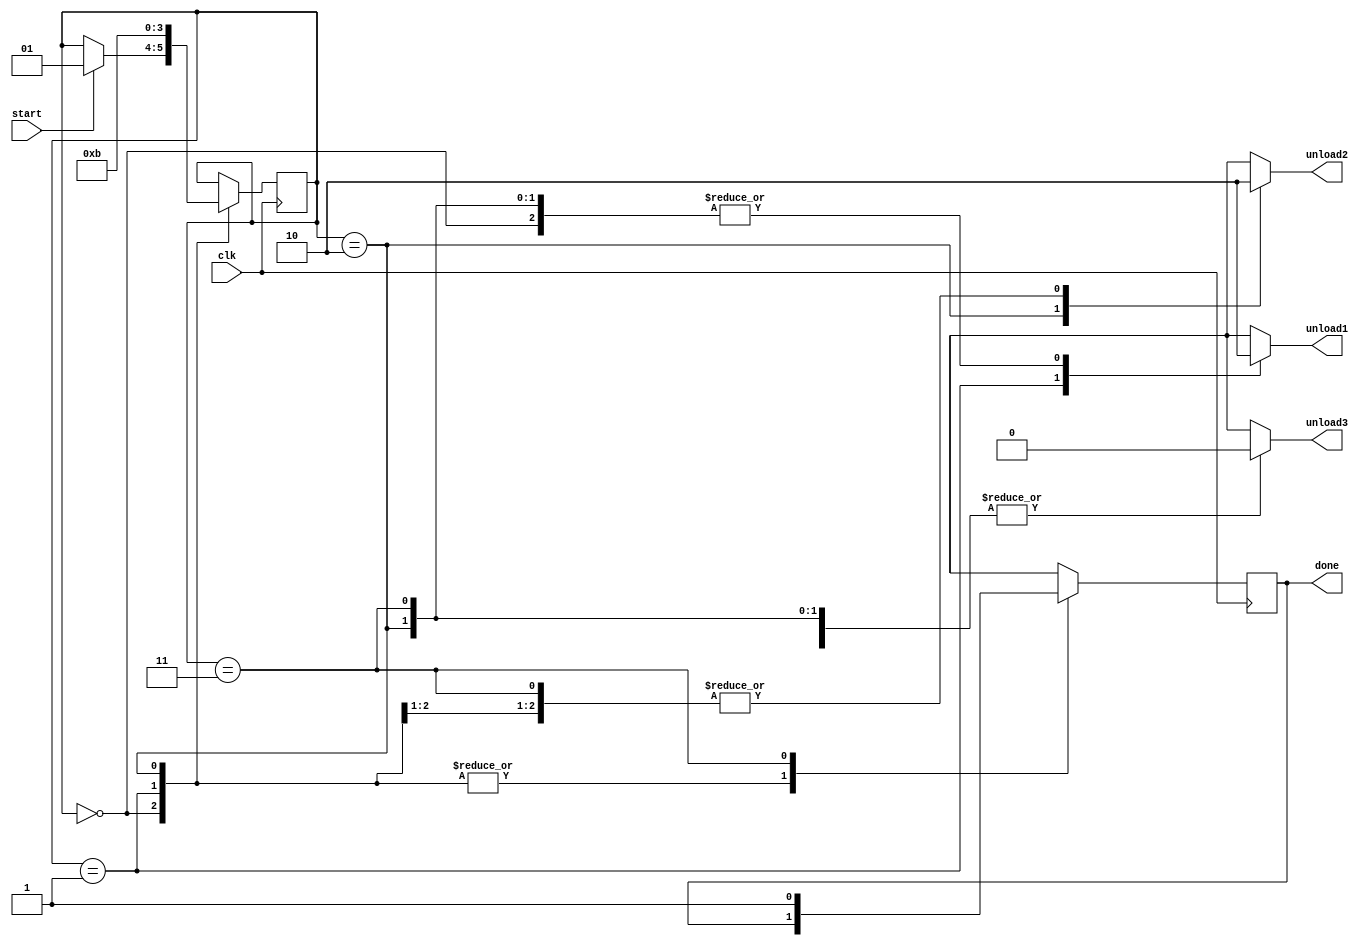
//module:outputs 3 control variables that decide the flow of multiplication

module controller(start,clk,done,unload1,unload2,unload3);
    input start,clk;// clk is clock; start denotes the beginning of matrix multiplication after inputs are received and stored in memory bank
    output reg done;// denotes completion of entire operatioh
    reg[1:0] state;// 4 possible states of operation 
    output reg unload1,unload2,unload3;//control variables
    initial
        done<=1'b0;//set done to 0 first
    parameter S0=2'b00, S1=2'b01,S2=2'b10,S3=2'b11; //a parameter is defined for each state for readability
   //the following 'always' block sets the order in which state changes at each clock cycle
    always@(posedge clk)
        begin
          case(state)
              S0: if(start)state<=S1;//state change occurs only when 'start' is enabled
          S1: state<=S2;
          S2: state<=S3;
          S3: done=1'b1;
          default: state<=S0;
          endcase
        end
   
// the following 'always' block specifies the configuration of control variables(unload1,2,3) associated with each state
    always@(state)
        begin
            case(state)
                S0: begin unload1=1'b0;unload2=1'b0;unload3=1'b0;end
                S1: begin unload1=1'b1;unload2=1'b0;unload3=1'b0;end
                S2: begin unload1=1'b0;unload2=1'b1;unload3=1'b0;end
                S3: begin unload1=1'b0;unload2=1'b0;unload3=1'b1;#10 unload3=1'b0;end
                default: begin unload1=1'b0;unload2=1'b0;unload3=1'b0;end
            endcase  
        end  

endmodule